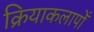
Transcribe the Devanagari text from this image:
क्रियाकलापोँ